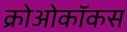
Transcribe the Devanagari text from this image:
क्रोओकॉकस